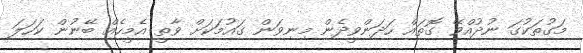
މަގުތަކުގަ ނުދުއްވޭ ގޮތައް ހަދަންވީދެން މިނިވަން ގައުމަކަށް ވާތީ އެމީހެއް ބޭނުން ކަހަލަ